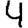
Digit: 4